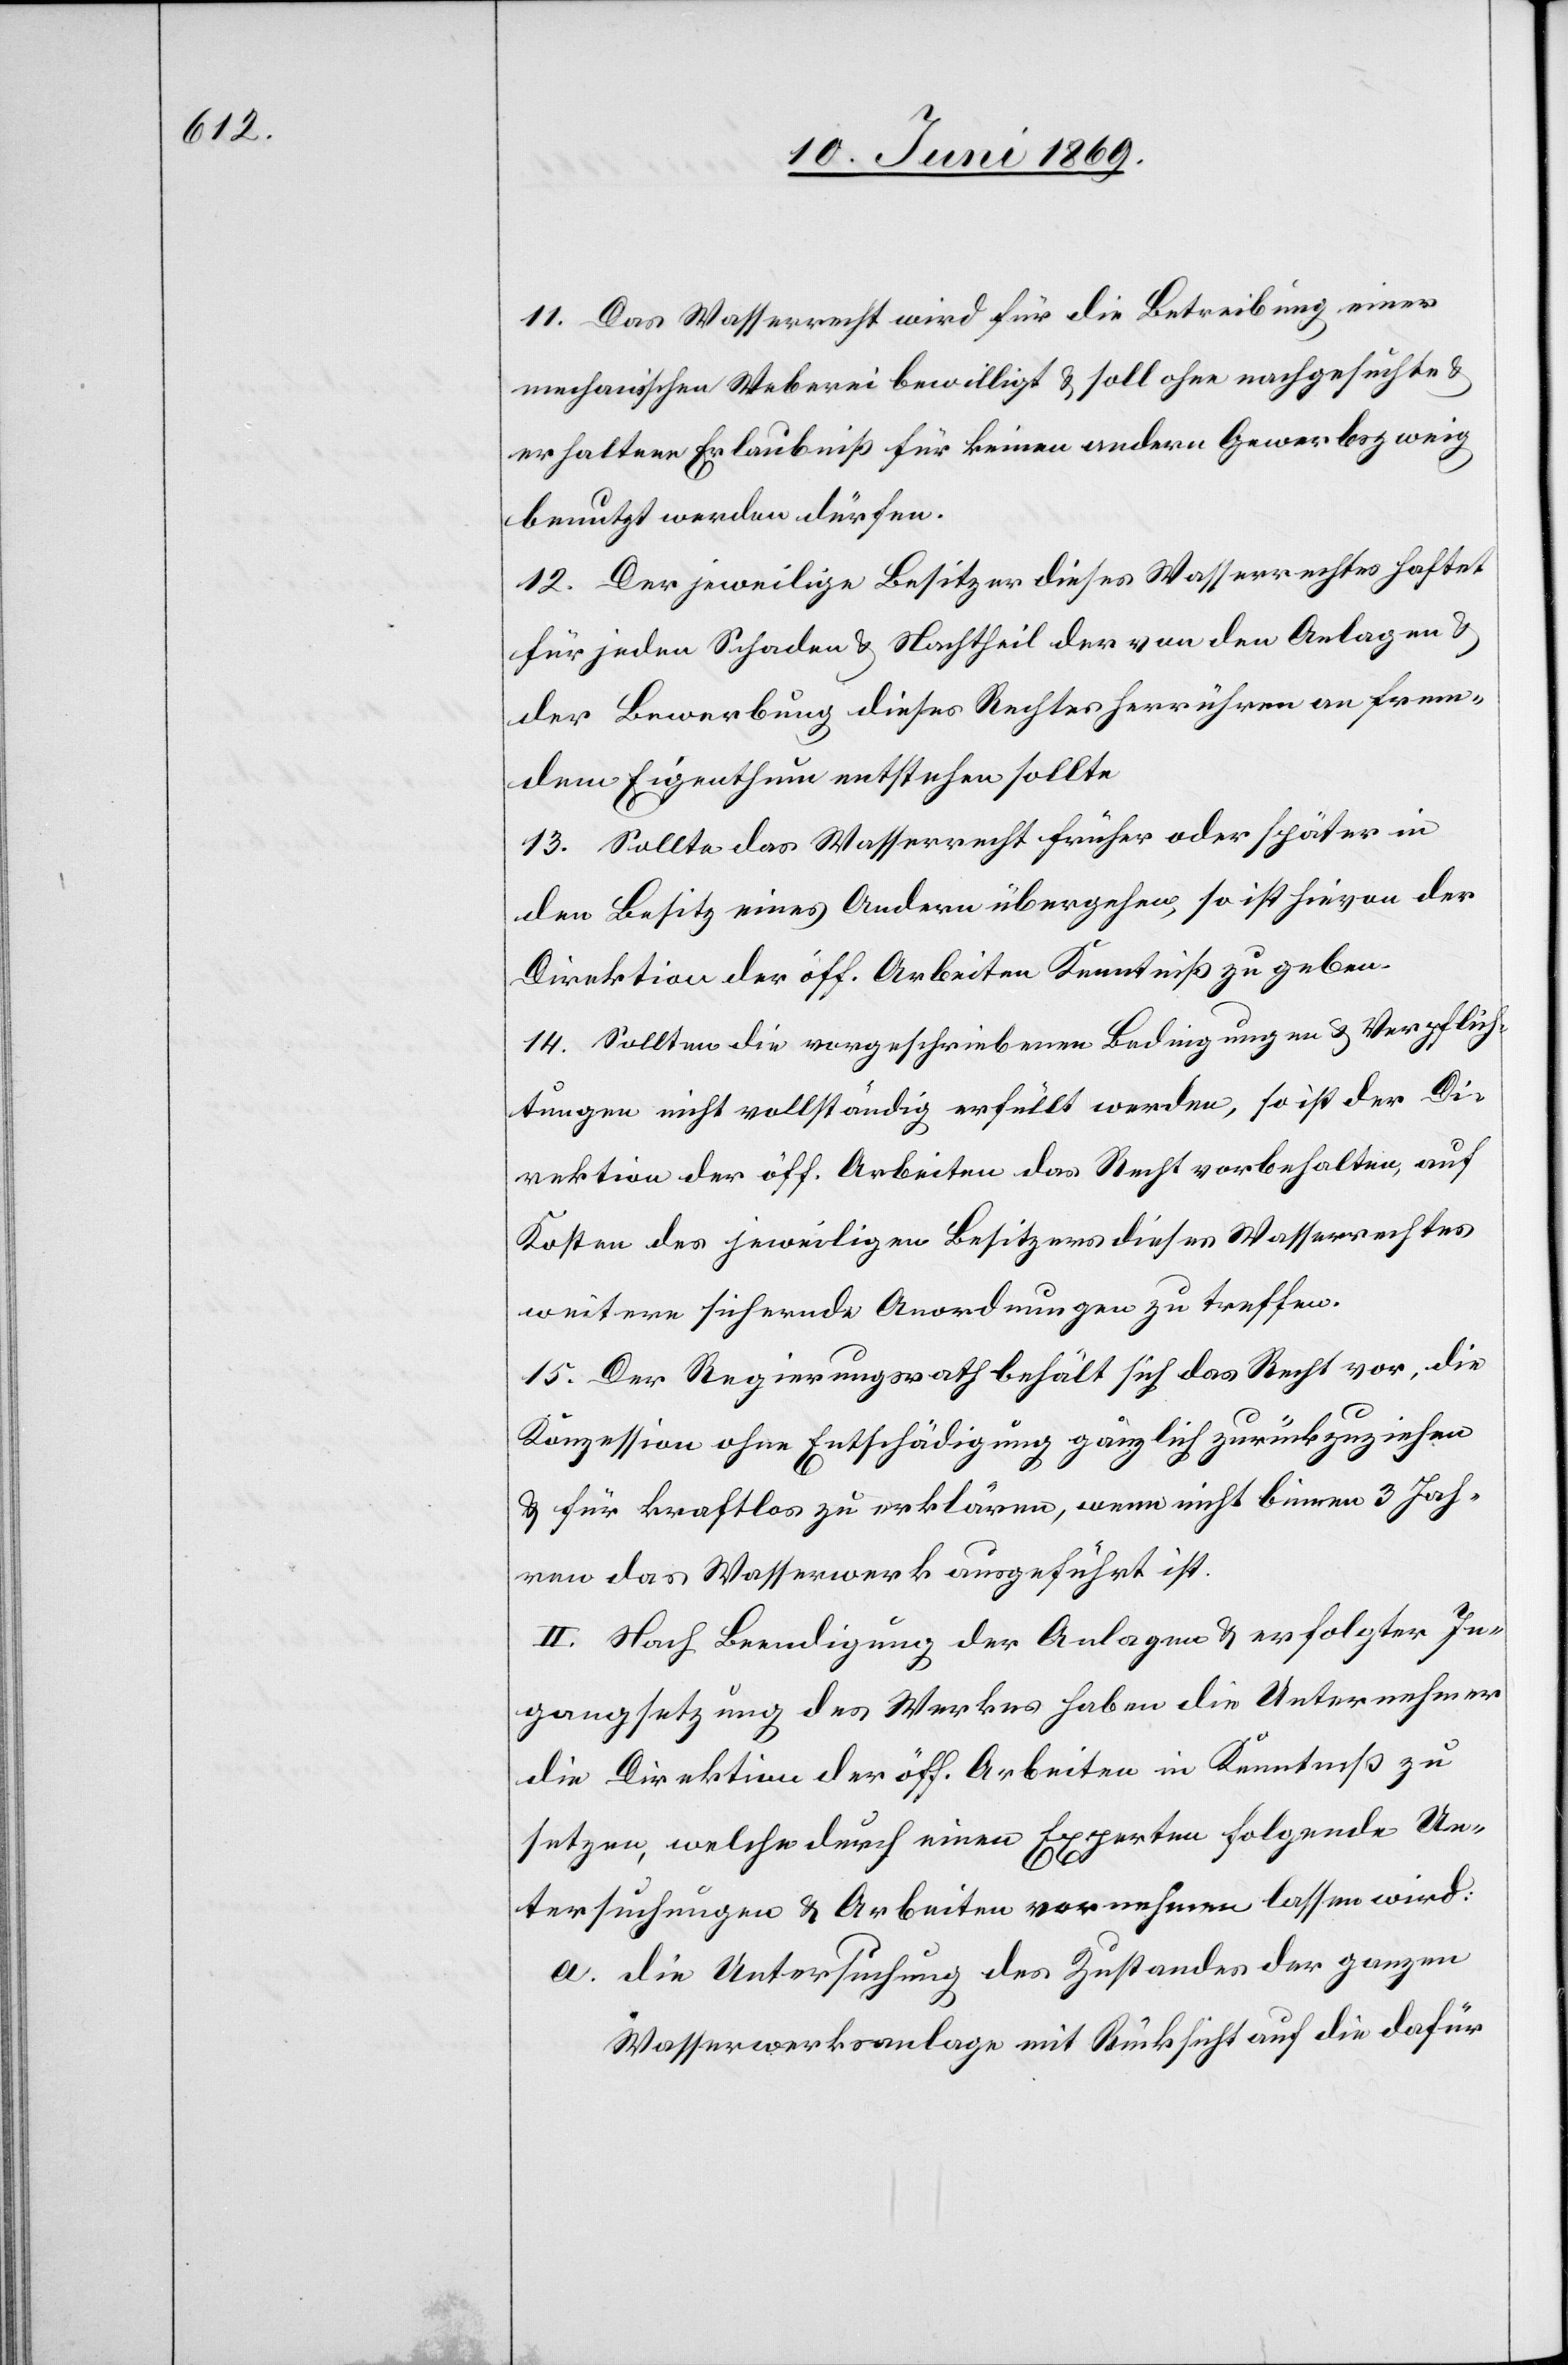
11. Das Wasserrecht wird für die Betreibung einer
mechanischen Weberei bewilligt u. soll ohne nachgesuchte u.
erhaltene Erlaubniß für keinen andern Gewerbszweig
benutzt werden dürfen.
12. Der jeweilige Besitzer dieses Wasserrechtes haftet
für jeden Schaden u. Nachtheil der von den Anlagen u.
der Bewerbung dieses Rechtes herrühren an frem¬
dem Eigenthum entstehen sollte.
13. Sollte das Wasserrecht früher oder später in
den Besitz eines Andern übergehen, so ist hievon der
Direktion der öff. Arbeiten Kenntniß zu geben.
14. Sollten die vorgeschriebenen Bedingungen u. Verpflich¬
tungen nicht vollständig erfüllt werden, so ist der Di¬
rektion der öff. Arbeiten das Recht vorbehalten, auf
Kosten des jeweiligen Besitzes dieses Wasserrechtes
weitere sichernde Anordnungen zu treffen.
15. Der Regierungsrath behält sich das Recht vor, die
Konzession ohne Entschädigung gänzlich zurückzuziehen
u. für kraftlos zu erklären, wenn nicht binnen 3 Jah¬
ren das Wasserwerk ausgeführt ist.
II. Nach Beendigung der Anlagen u. erfolgter In¬
gangsetzung des Werkes haben die Unternehmer
die Direktion der öff. Arbeiten in Kenntniß zu
Experten folgende Un¬
setzen, welche durch einen
tersuchungen u. Arbeiten vornehmen lassen wird:
a. die Untersuchung des Zustandes der ganzen
Wasserwerksanlage mit Rücksicht auf die dafür